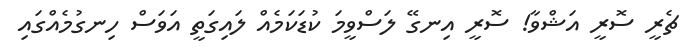
ޗެރީ ސޮރީ އަޝްވާ! ސޮރީ އިނގޭ ލަސްވީމަ ކުޑަކަމެއް ލައިގަތީ އަވަސް ހިނގުމެއްގައި